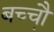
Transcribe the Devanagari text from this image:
बच्चौ़